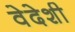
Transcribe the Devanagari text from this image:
वेदेशी